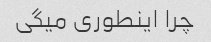
چرا اینطوری میگی